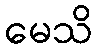
မေသိ